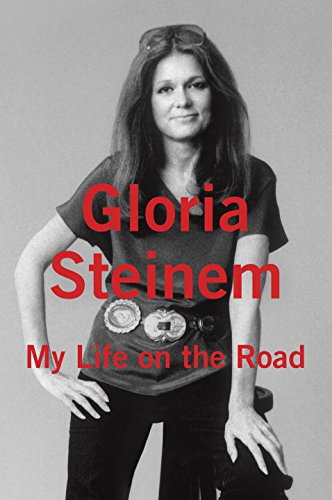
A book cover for My Life on the Road; Gloria Steinem; Biographies & Memoirs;